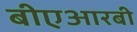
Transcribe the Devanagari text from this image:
बीएआरबी